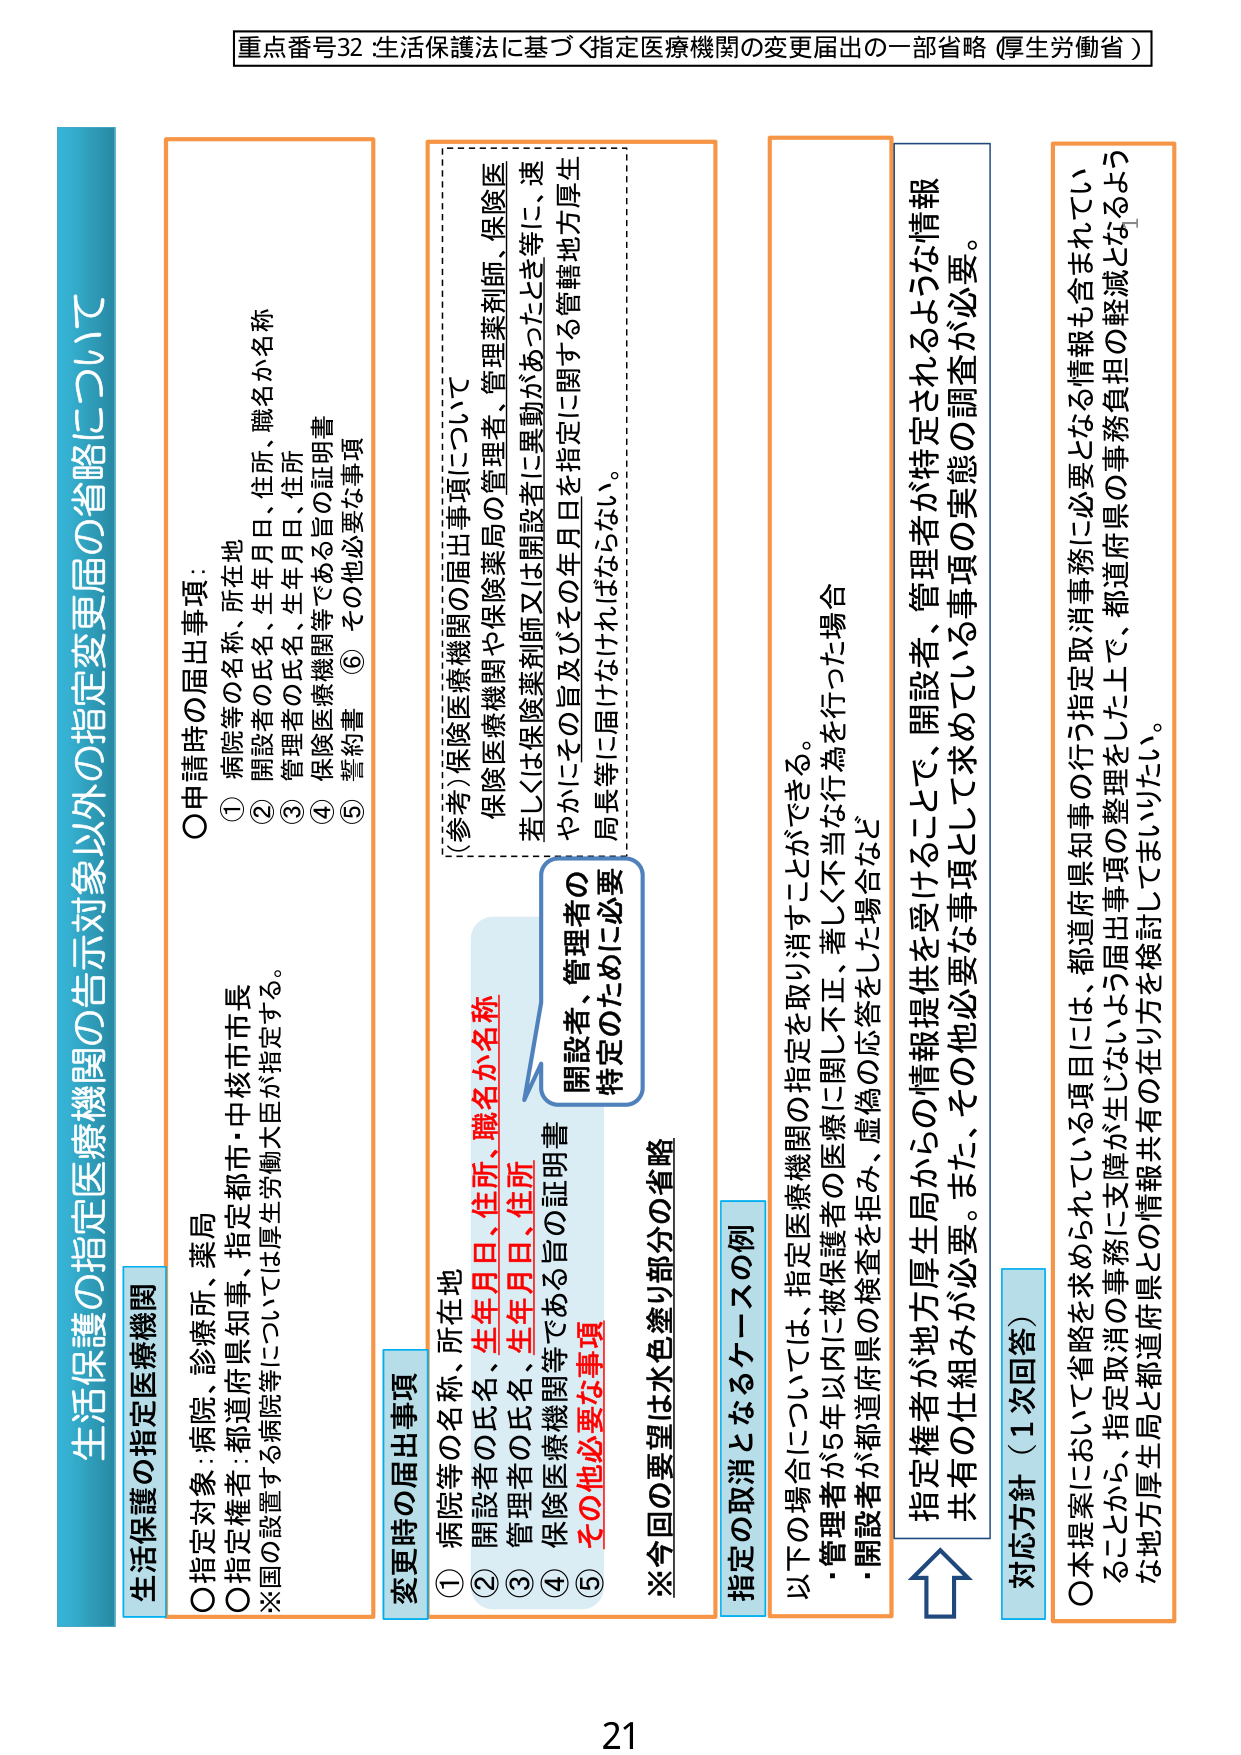
重点番号32 生活保護法に基づく指定医療機関の変更届出の一部省略（厚生労働省）

生活保護の指定医療機関の告示対象以外の指定変更届の省略について

生活保護の指定医療機関
○指定対象：病院、診療所、薬局
○指定権者：都道府県知事、指定都市・中核市市長
※国の設置する病院等については厚生労働大臣が指定する。

○申請時の届出事項：
① 病院等の名称、住所、所在地
② 開設者の氏名、生年月日、住所
③ 管理者の氏名、生年月日、住所
④ 保険医療機関等である旨の証明書
⑤ 誓約書
⑥ その他必要な事項

変更時の届出事項
① 病院等の名称、住所、所在地
② 開設者の氏名、生年月日、住所
③ 管理者の氏名、生年月日、住所
④ 保険医療機関等である旨の証明書
⑤ その他必要な事項

※今回の要望は水色塗り部分の省略

（参考）保険医療機関の届出事項について
保険医療機関や保険薬局の管理者、管理薬剤師、保険医
若しくは保険薬剤師又は開設者に異動があったとき等に、速やかにその旨及びその年月日を指定に関する管轄地方厚生局長等に届けなければならない。

開設者、管理者の
特定のために必要
（赤字部分：開設者の氏名、生年月日、住所、管理者的氏名、生年月日、住所）

指定の取消となるケースの例
以下の場合一つについては、指定医療機関の指定を取り消すことができる。
・管理者が5年以内に被保護者の医療に関し不正、著しく不当な行為を行った場合
・開設者が都道府県の検査を拒み、虚偽の応答をした場合など

指定権者が地方厚生局から的情報提供を受けることで、開設者、管理者が特定されるような情報共有の仕組みとして求めている事項の実態の調査が必要。

対応方針（1次回答）
○本提案において省略を求められている項目には、都道府県知事の行う指定取消事務に必要となる情報も含まれていることから、指定取消の事務に支障が生じないよう届出事項の整理をした上で、都道府県の事務負担の軽減となるような地方厚生局と都道府県との情報共有の在り方を検討してまいりたい。

21